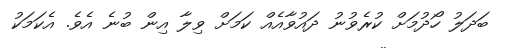
ބަދަލު ހޯދުމަށް ކުރެވުނު ދައުވާއެއް ކަމަށް ވިލާ އިން ބުނެ އެވެ. އެކަމަކު